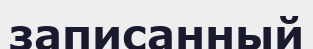
записанный